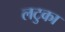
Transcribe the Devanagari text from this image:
लटुका